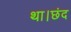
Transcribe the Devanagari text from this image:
था।छंद